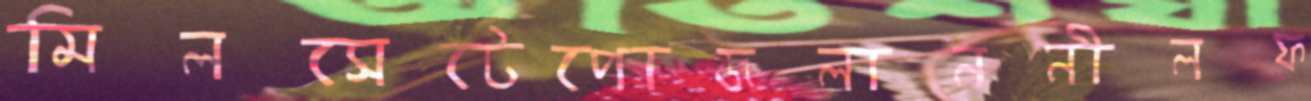
মিলসেটেপোজলাননীলফ